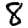
Digit: 8